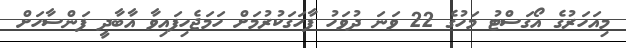
މިއަހަރުގެ އޯގަސްޓު މަހުގެ 22 ވަނަ ދުވަހު ފާހަގަކުރުމަށް ހަމަޖެހިފައިވާ އާބާދީ ފަންސާހަށް